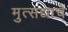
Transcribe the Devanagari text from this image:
मुत्सद्याचे